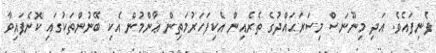
ފެނިފައެވެ. އަދި މިނޫނަސް މިސަރަޙައްދުގެ ތެރެއިން އެކިފަހަރުމަތިން ޢާންމުން އެކި ބޭނުންތަކުގައި ކޮނެފައިވާ